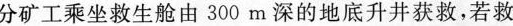
分矿工乘坐救生舱由300m深的地底升井获救，若救